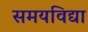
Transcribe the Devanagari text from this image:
समयविद्या